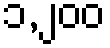
၁,၂၀၀